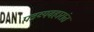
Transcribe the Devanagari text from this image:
पत्रव्यवहारांत